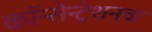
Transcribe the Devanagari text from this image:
कॉन्सेन्ट्रेशनचा